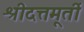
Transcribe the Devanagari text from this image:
श्रीदत्तमूर्ती